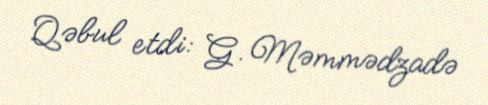
Qəbul etdi: G. Məmmədzadə